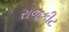
રાજકીટ